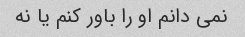
نمی دانم او را باور کنم یا نه